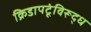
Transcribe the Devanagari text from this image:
क्रिडापटूंविरूद्ध